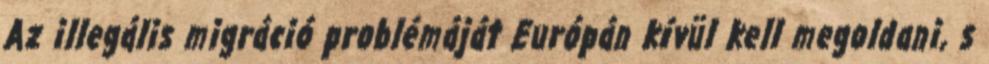
Az illegális migráció problémáját Európán kívül kell megoldani, s